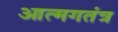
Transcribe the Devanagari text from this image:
आत्मगतंत्र